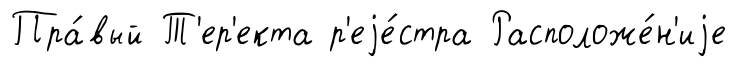
Пра́вый Т'ер'екта р'еjе́стра Расположе́н'иjе